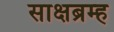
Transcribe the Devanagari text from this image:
साक्षब्रम्ह